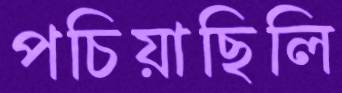
পচিয়াছিলি